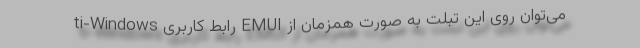
ti-Windows رابط کاربری EMUI می‌توان روی این تبلت به صورت همزمان از